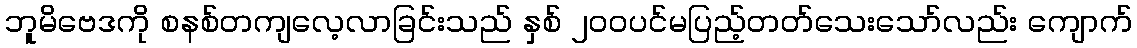
ဘူမိဗေဒကို စနစ်တကျလေ့လာခြင်းသည် နှစ် ၂၀၀ပင်မပြည့်တတ်သေးသော်လည်း ကျောက်